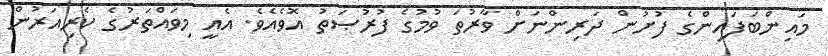
މައިންބަފައިންގެ ފުށުން ދަރިންނަށް ވާރުތަ ވުމުގެ ފުރުޞަތު އޮވެއެވެ. އެއީ މިވައްތަރުގެ ކެރިއަރުން